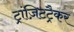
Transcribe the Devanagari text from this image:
ट्रांज़िटट्रैकर